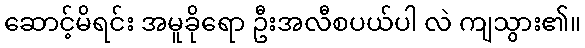
ဆောင့်မိရင်း အမူခိုရော ဦးအလီစပယ်ပါ လဲ ကျသွား၏။